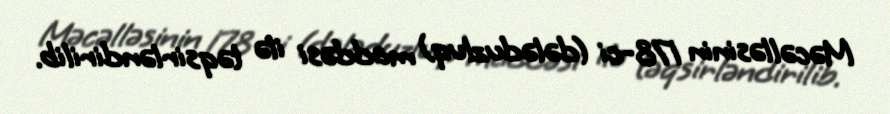
Məcəlləsinin 178-ci (dələduzluq) maddəsi ilə təqsirləndirilib.